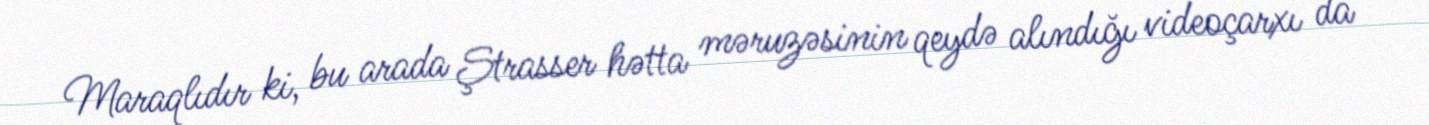
Maraqlıdır ki, bu arada Ştrasser hətta məruzəsinin qeydə alındığı videoçarxı da